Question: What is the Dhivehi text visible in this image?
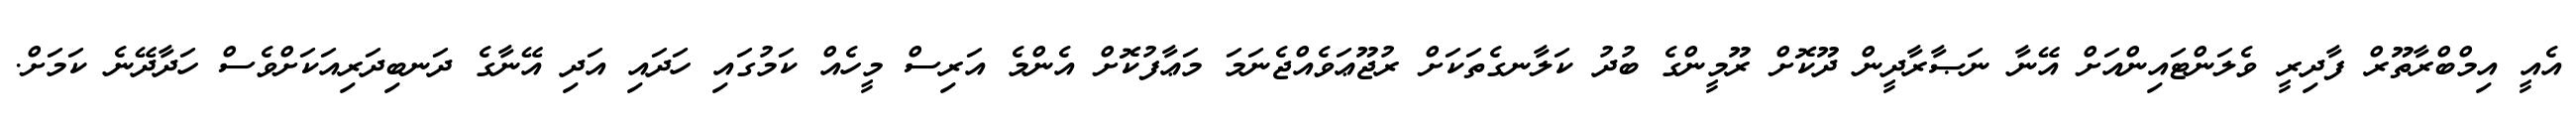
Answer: އެއީ އިމްބްރާތޫރް ފާދިރީ ވެލަންޓައިންއަށް އޭނާ ނަޞާރާދީން ދޫކޮށް ރޫމީންގެ ބުދު ކަލާނގެތަކަށް ރުޖޫޢަވެއްޖެނަމަ މަޢާފުކޮށް އެންމެ އަރިސް މީހެއް ކަމުގައި ހަދައި އަދި އޭނާގެ ދަނބިދަރިއަކަށްވެސް ހަދާދޭނެ ކަމަށް.